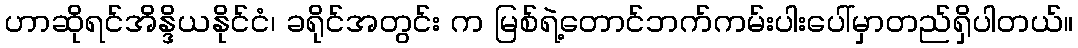
ဟာဆိုရင်အိန္ဒိယနိုင်ငံ၊ ခရိုင်အတွင်း က မြစ်ရဲ့တောင်ဘက်ကမ်းပါးပေါ်မှာတည်ရှိပါတယ်။